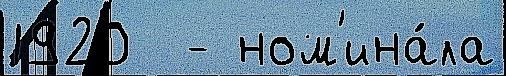
1920  - ном'ина́ла